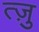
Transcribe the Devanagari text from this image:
त्ज़ु